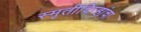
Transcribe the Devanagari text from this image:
स्मृतीचिन्हांचा